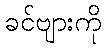
ခင်ဗျားကို